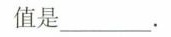
值是___.